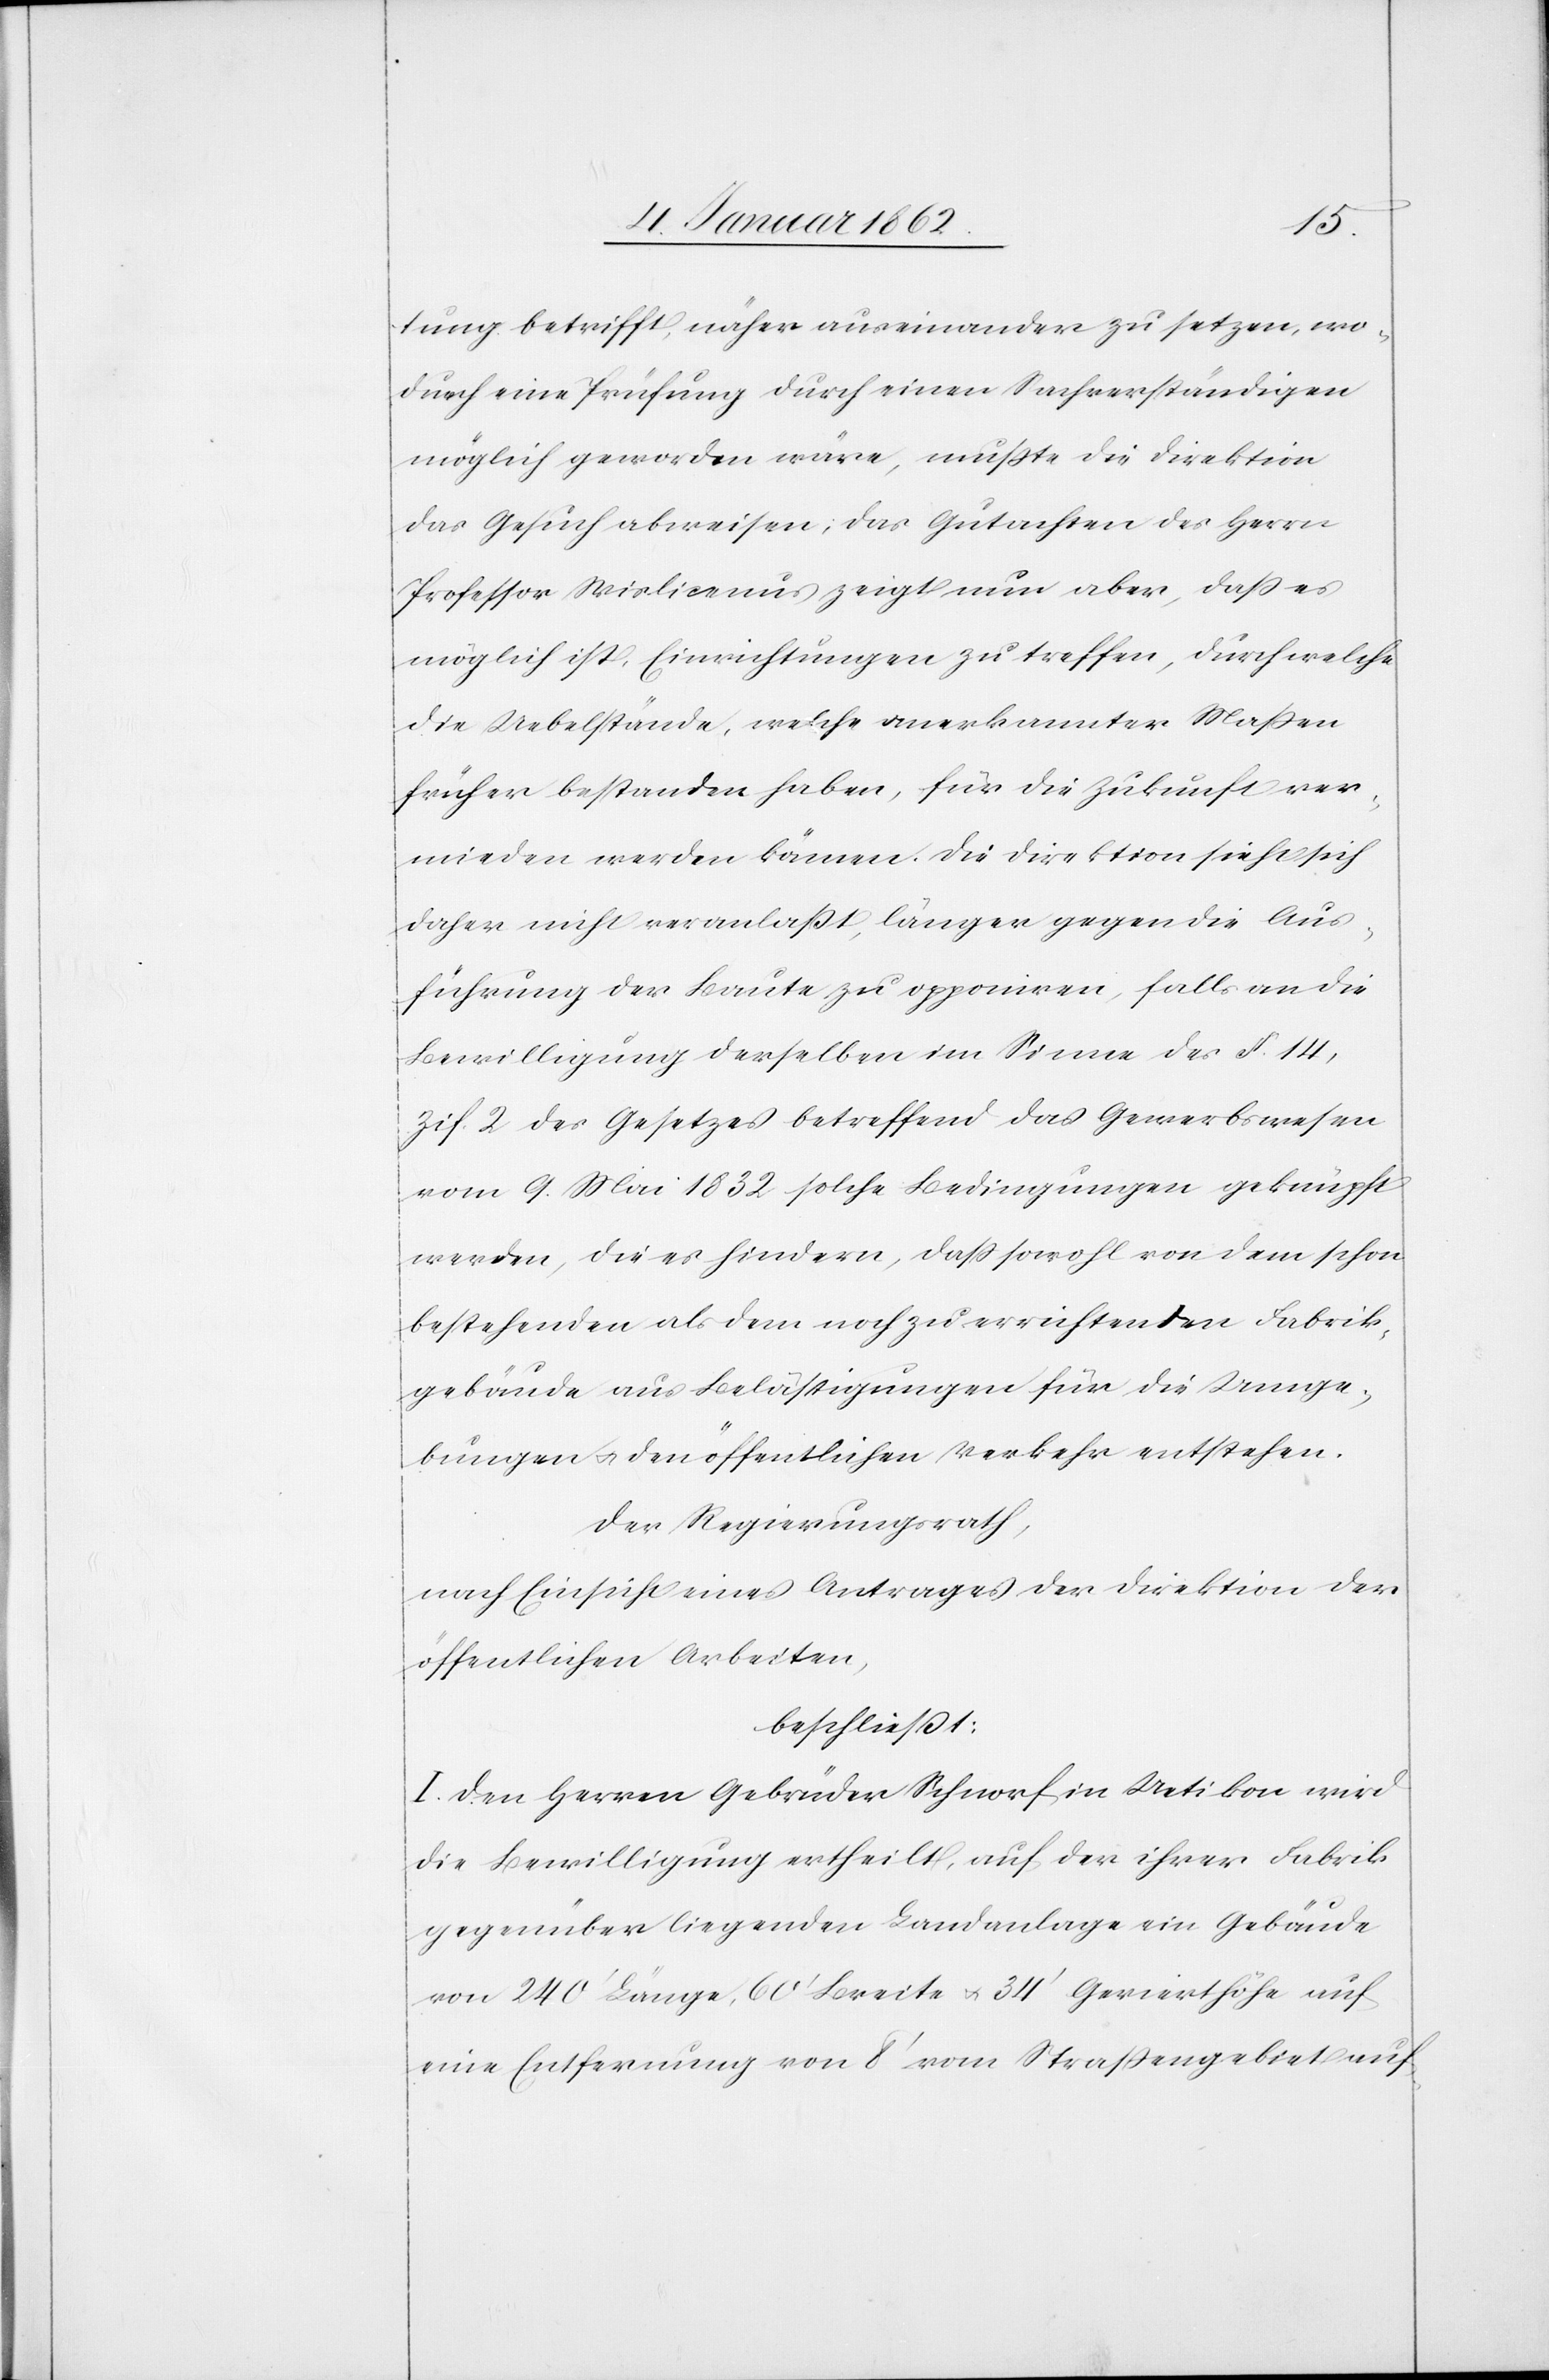
tung betrifft, näher auseinander zu setzen, wo¬
durch eine Prüfung durch einen Sachverständigen
möglich geworden wäre, mußte die Direktion
das Gesuch abweisen; das Gutachten des Herrn
Professor Wislicenus zeigt nun aber, daß es
möglich ist, Einrichtungen zu treffen, durch welche
die Uebelstände, welche anerkannter Maßen
früher bestanden haben, für die Zukunft ver¬
mieden werden können. Die Direktion sieht sich
daher nicht veranlaßt, länger gegen die Aus¬
führung der Baute zu opponiren, falls an die
Bewilligung derselben im Sinne des §. 14,
Zif. 2 des Gesetzes betreffend das Gewerbswesen
vom 9. Mai 1832 solche Bedingungen geknüpft
werden, die es hindern, daß sowohl von dem schon
bestehenden als dem noch zu errichtenden Fabrik¬
gebäude aus Belästigungen für die Umge¬
bungen u. den öffentlichen Verkehr entstehen.
Der Regierungsrath,
nach Einsicht eines Antrages der Direktion der
öffentlichen Arbeiten,
beschließt:
I. Den Herren Gebrüder Schnorf in Uetikon wird
die Bewilligung ertheilt, auf der ihrer Fabrik
gegenüber liegenden Landanlage ein Gebäude
von 240‘ Länge, 60‘ Breite u. 34‘ Gevierthöhe auf
eine Entfernung von 8‘ vom Straßengebiet auf-